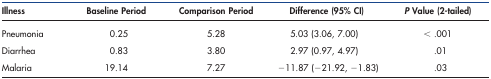
<table><thead><tr><td><b>Illness</b></td><td><b>Baseline Period</b></td><td><b>Comparison Period</b></td><td><b>Difference (95% CI)</b></td><td><b><i>P</i> Value (2-tailed)</b></td></tr></thead><tbody><tr><td>Pneumonia</td><td>0.25</td><td>5.28</td><td>5.03 (3.06, 7.00)</td><td>&lt; .001</td></tr><tr><td>Diarrhea</td><td>0.83</td><td>3.80</td><td>2.97 (0.97, 4.97)</td><td>.01</td></tr><tr><td>Malaria</td><td>19.14</td><td>7.27</td><td>−11.87 (−21.92, −1.83)</td><td>.03</td></tr></tbody></table>